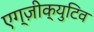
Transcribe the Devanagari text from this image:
एग्ज़ीक्युटिव